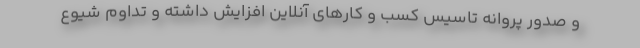
و صدور پروانه تاسیس کسب و کارهای آنلاین افزایش داشته و تداوم شیوع